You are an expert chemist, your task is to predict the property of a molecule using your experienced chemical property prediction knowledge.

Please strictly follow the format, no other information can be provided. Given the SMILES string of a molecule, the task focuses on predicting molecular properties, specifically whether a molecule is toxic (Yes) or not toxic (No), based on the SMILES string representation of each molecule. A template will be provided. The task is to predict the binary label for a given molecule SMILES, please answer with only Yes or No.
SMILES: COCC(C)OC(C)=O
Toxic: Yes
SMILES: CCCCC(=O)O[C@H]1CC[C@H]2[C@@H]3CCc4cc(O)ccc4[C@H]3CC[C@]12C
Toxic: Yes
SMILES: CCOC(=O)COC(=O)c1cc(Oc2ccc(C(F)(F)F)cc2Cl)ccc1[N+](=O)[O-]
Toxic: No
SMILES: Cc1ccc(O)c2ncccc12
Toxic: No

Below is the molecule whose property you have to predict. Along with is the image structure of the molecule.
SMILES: CCCCN1CCCC[C@H]1C(=O)Nc1c(C)cccc1C
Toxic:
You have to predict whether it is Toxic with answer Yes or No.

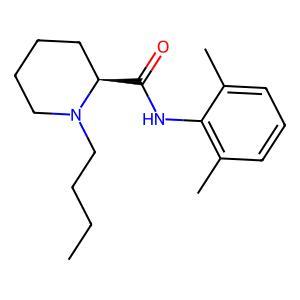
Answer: No